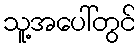
သူ့အပေါ်တွင်